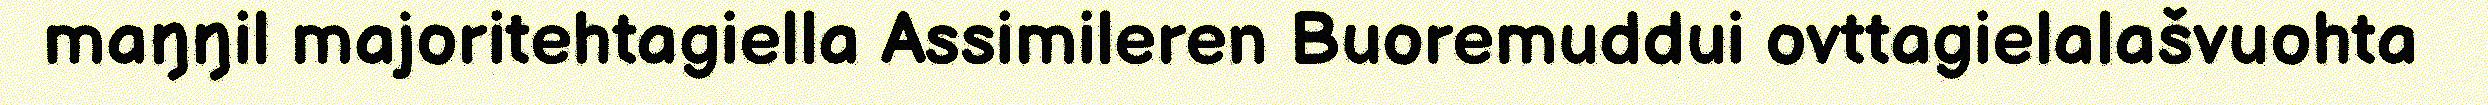
maŋŋil majoritehtagiella Assimileren Buoremuddui ovttagielalašvuohta